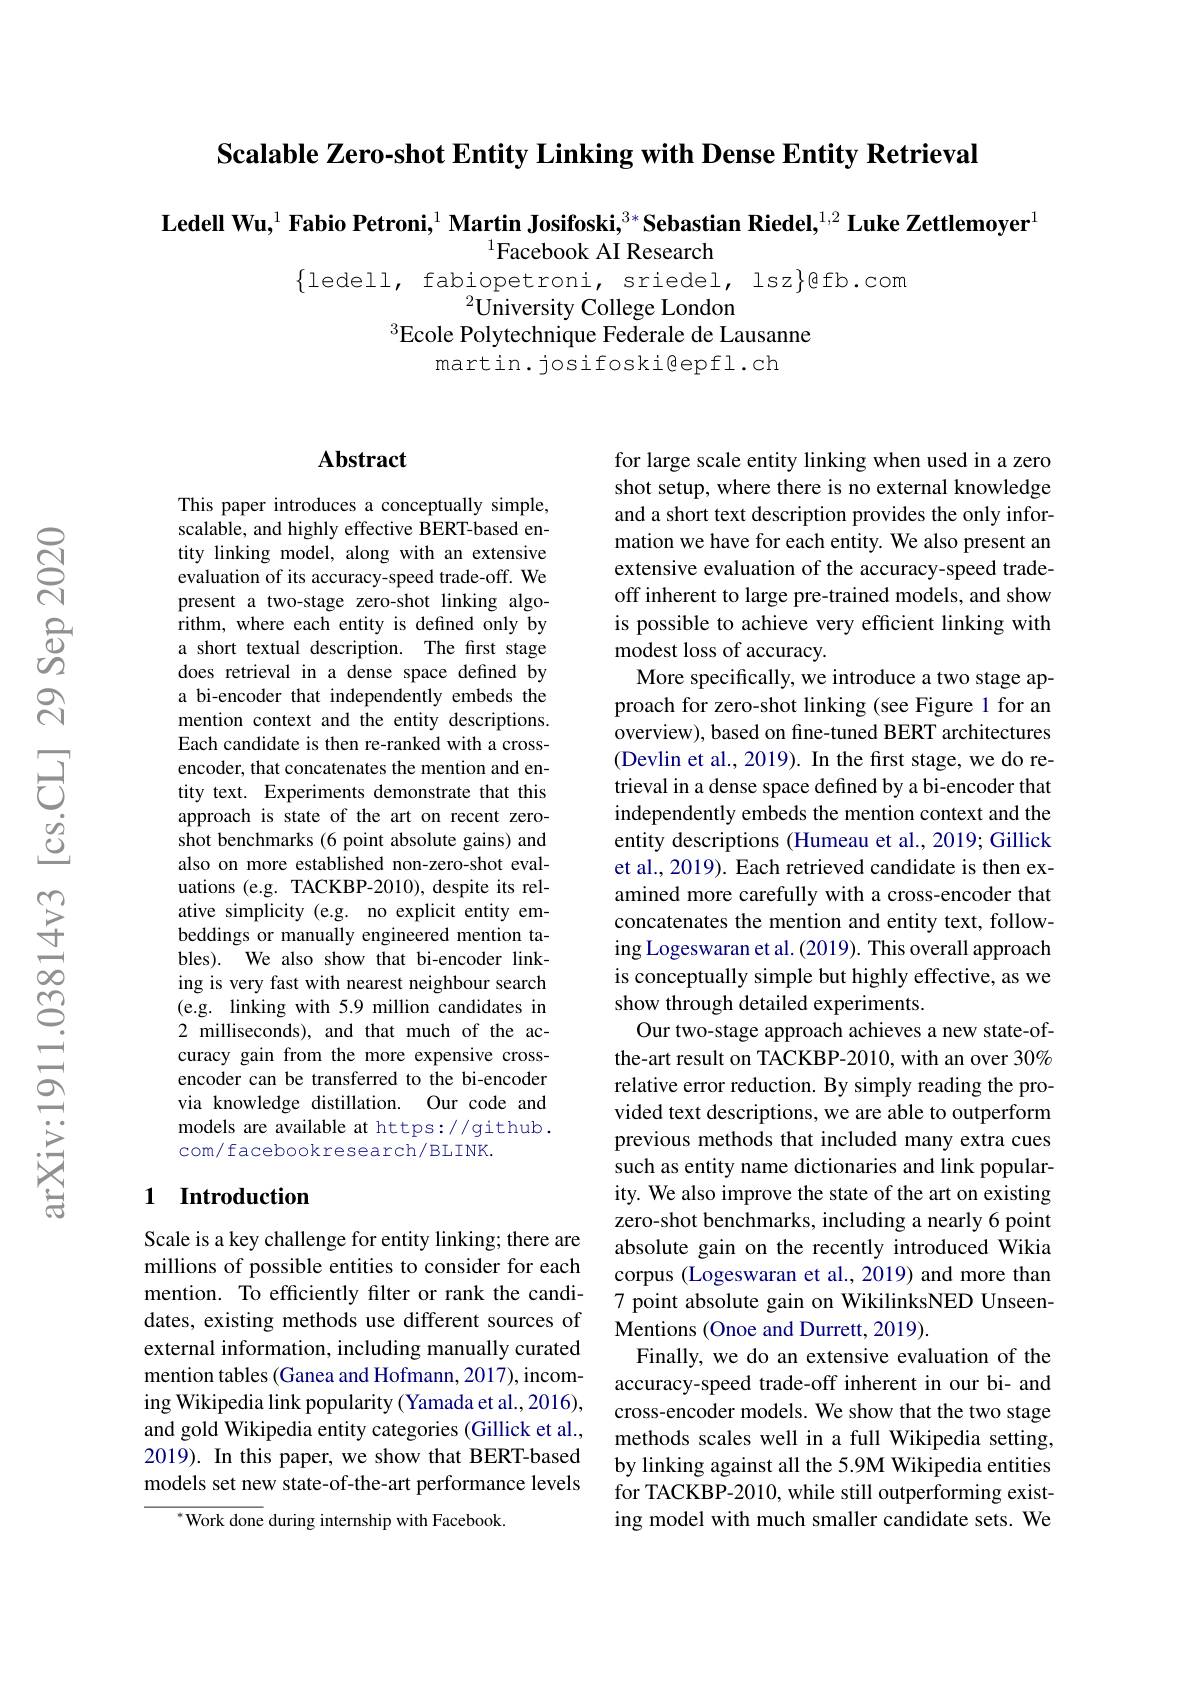
Scalable Zero-shot Entity Linking with Dense Entity Retrieval

$\textbf{Ledell Wu,}^{1}\textbf{Fabio Petroni,}^{1}\textbf{Martin Josifoski,}^{3*}\textbf{Sebastian Riedel,}^{1,2}\textbf{Luke Zettlemoyer}^{1}$
$^{1}$Facebook AI Research

$\{$ledell, fabiopetroni, sriedel, Isz$\}$@fb.com
$^{2}\bar{\text{University College London}}$
$^{3}$Ecole Polytechnique Federale de Lausanne
martin.josifoski@epfl.ch

### $\mathbf{Abstract}$

This paper introduces a conceptually simple, scalable, and highly effective BERT-based entity linking model, along with an extensive evaluation of its accuracy-speed trade-off. We present a two-stage zero-shot linking algorithm, where each entity is defined only by a short textual description. The frst stage does retrieval in a dense space defined by a bi-encoder that independently embeds the mention context and the entity descriptions. Each candidate is then re-ranked with a crossencoder, that concatenates the mention and entity text. Experiments demonstrate that this approach is state of the art on recent zeroshot benchmarks (6 point absolute gains) and also on more established non-zero-shot evaluations (e.g. TACKBP-2010), despite its relative simplicity (e.g. no explicit entity embeddings or manually engineered mention tables). We also show that bi-encoder linking is very fast with nearest neighbour search (e.g. linking with 5.9 million candidates in 2 milliseconds), and that much of the accuracy gain from the more expensive crossencoder can be transferred to the bi-encoder via knowledge distillation. Our code and models are available at https://github . com/ facebookresearch/BLINK.

## 1 Introduction

Scale is a key challenge for entity linking; there are millions of possible entities to consider for each mention. To efficiently filter or rank the candidates, existing methods use different sources of external information, including manually curated mention tables (Ganea and Hofmann, 2017), incoming Wikipedia link popularity (Yamada et al., 2016), and gold Wikipedia entity categories (Gillick et al., 2019). In this paper, we show that BERT-based models set new state-of-the-art performance levels

$^{*}$Work done during internship with Facebook

for large scale entity linking when used in a zero shot setup, where there is no external knowledge and a short text description provides the only information we have for each entity. We also present an extensive evaluation of the accuracy-speed tradeoff inherent to large pre-trained models, and show is possible to achieve very efficient linking with modest loss of accuracy.
More specifically, we introduce a two stage approach for zero-shot linking (see Figure 1 for an overview), based on fne-tuned BERT architectures (Devlin et al., 2019). In the frst stage, we do retrieval in a dense space defined by a bi-encoder that independently embeds the mention context and the entity descriptions (Humeau et al., 2019; Gillick et al., 2019). Each retrieved candidate is then examined more carefully with a cross-encoder that concatenates the mention and entity text, following Logeswaran et al. (2019). This overall approach is conceptually simple but highly effective, as we show through detailed experiments.
Our two-stage approach achieves a new state-ofthe-art result on TACKBP-2010, with an over 30% relative error reduction. By simply reading the provided text descriptions, we are able to outperform previous methods that included many extra cues such as entity name dictionaries and link popularity. We also improve the state of the art on existing zero-shot benchmarks, including a nearly 6 point absolute gain on the recently introduced Wikia corpus (Logeswaran et al., 2019) and more than 7 point absolute gain on WikilinksNED UnseenMentions (Onoe and Durrett, 2019).
Finally, we do an extensive evaluation of the accuracy-speed trade-off inherent in our bi- and cross-encoder models. We show that the two stage methods scales well in a full Wikipedia setting, by linking against all the 5.9M Wikipedia entities for TACKBP-2010, while still outperforming existing model with much smaller candidate sets. We